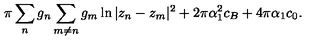
\pi \sum _ { n } g _ { n } \sum _ { m \neq n } g _ { m } \ln | z _ { n } - z _ { m } | ^ { 2 } + 2 \pi \alpha _ { 1 } ^ { 2 } c _ { B } + 4 \pi \alpha _ { 1 } c _ { 0 } .